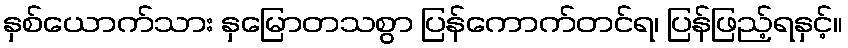
နှစ်ယောက်သား နှမြောတသစွာ ပြန်ကောက်တင်ရ၊ ပြန်ဖြည့်ရနှင့်။